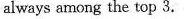
always among the top 3.